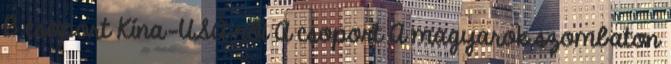
B csoport Kína–USA női A csoport A magyarok szombaton